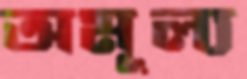
অমূল্য